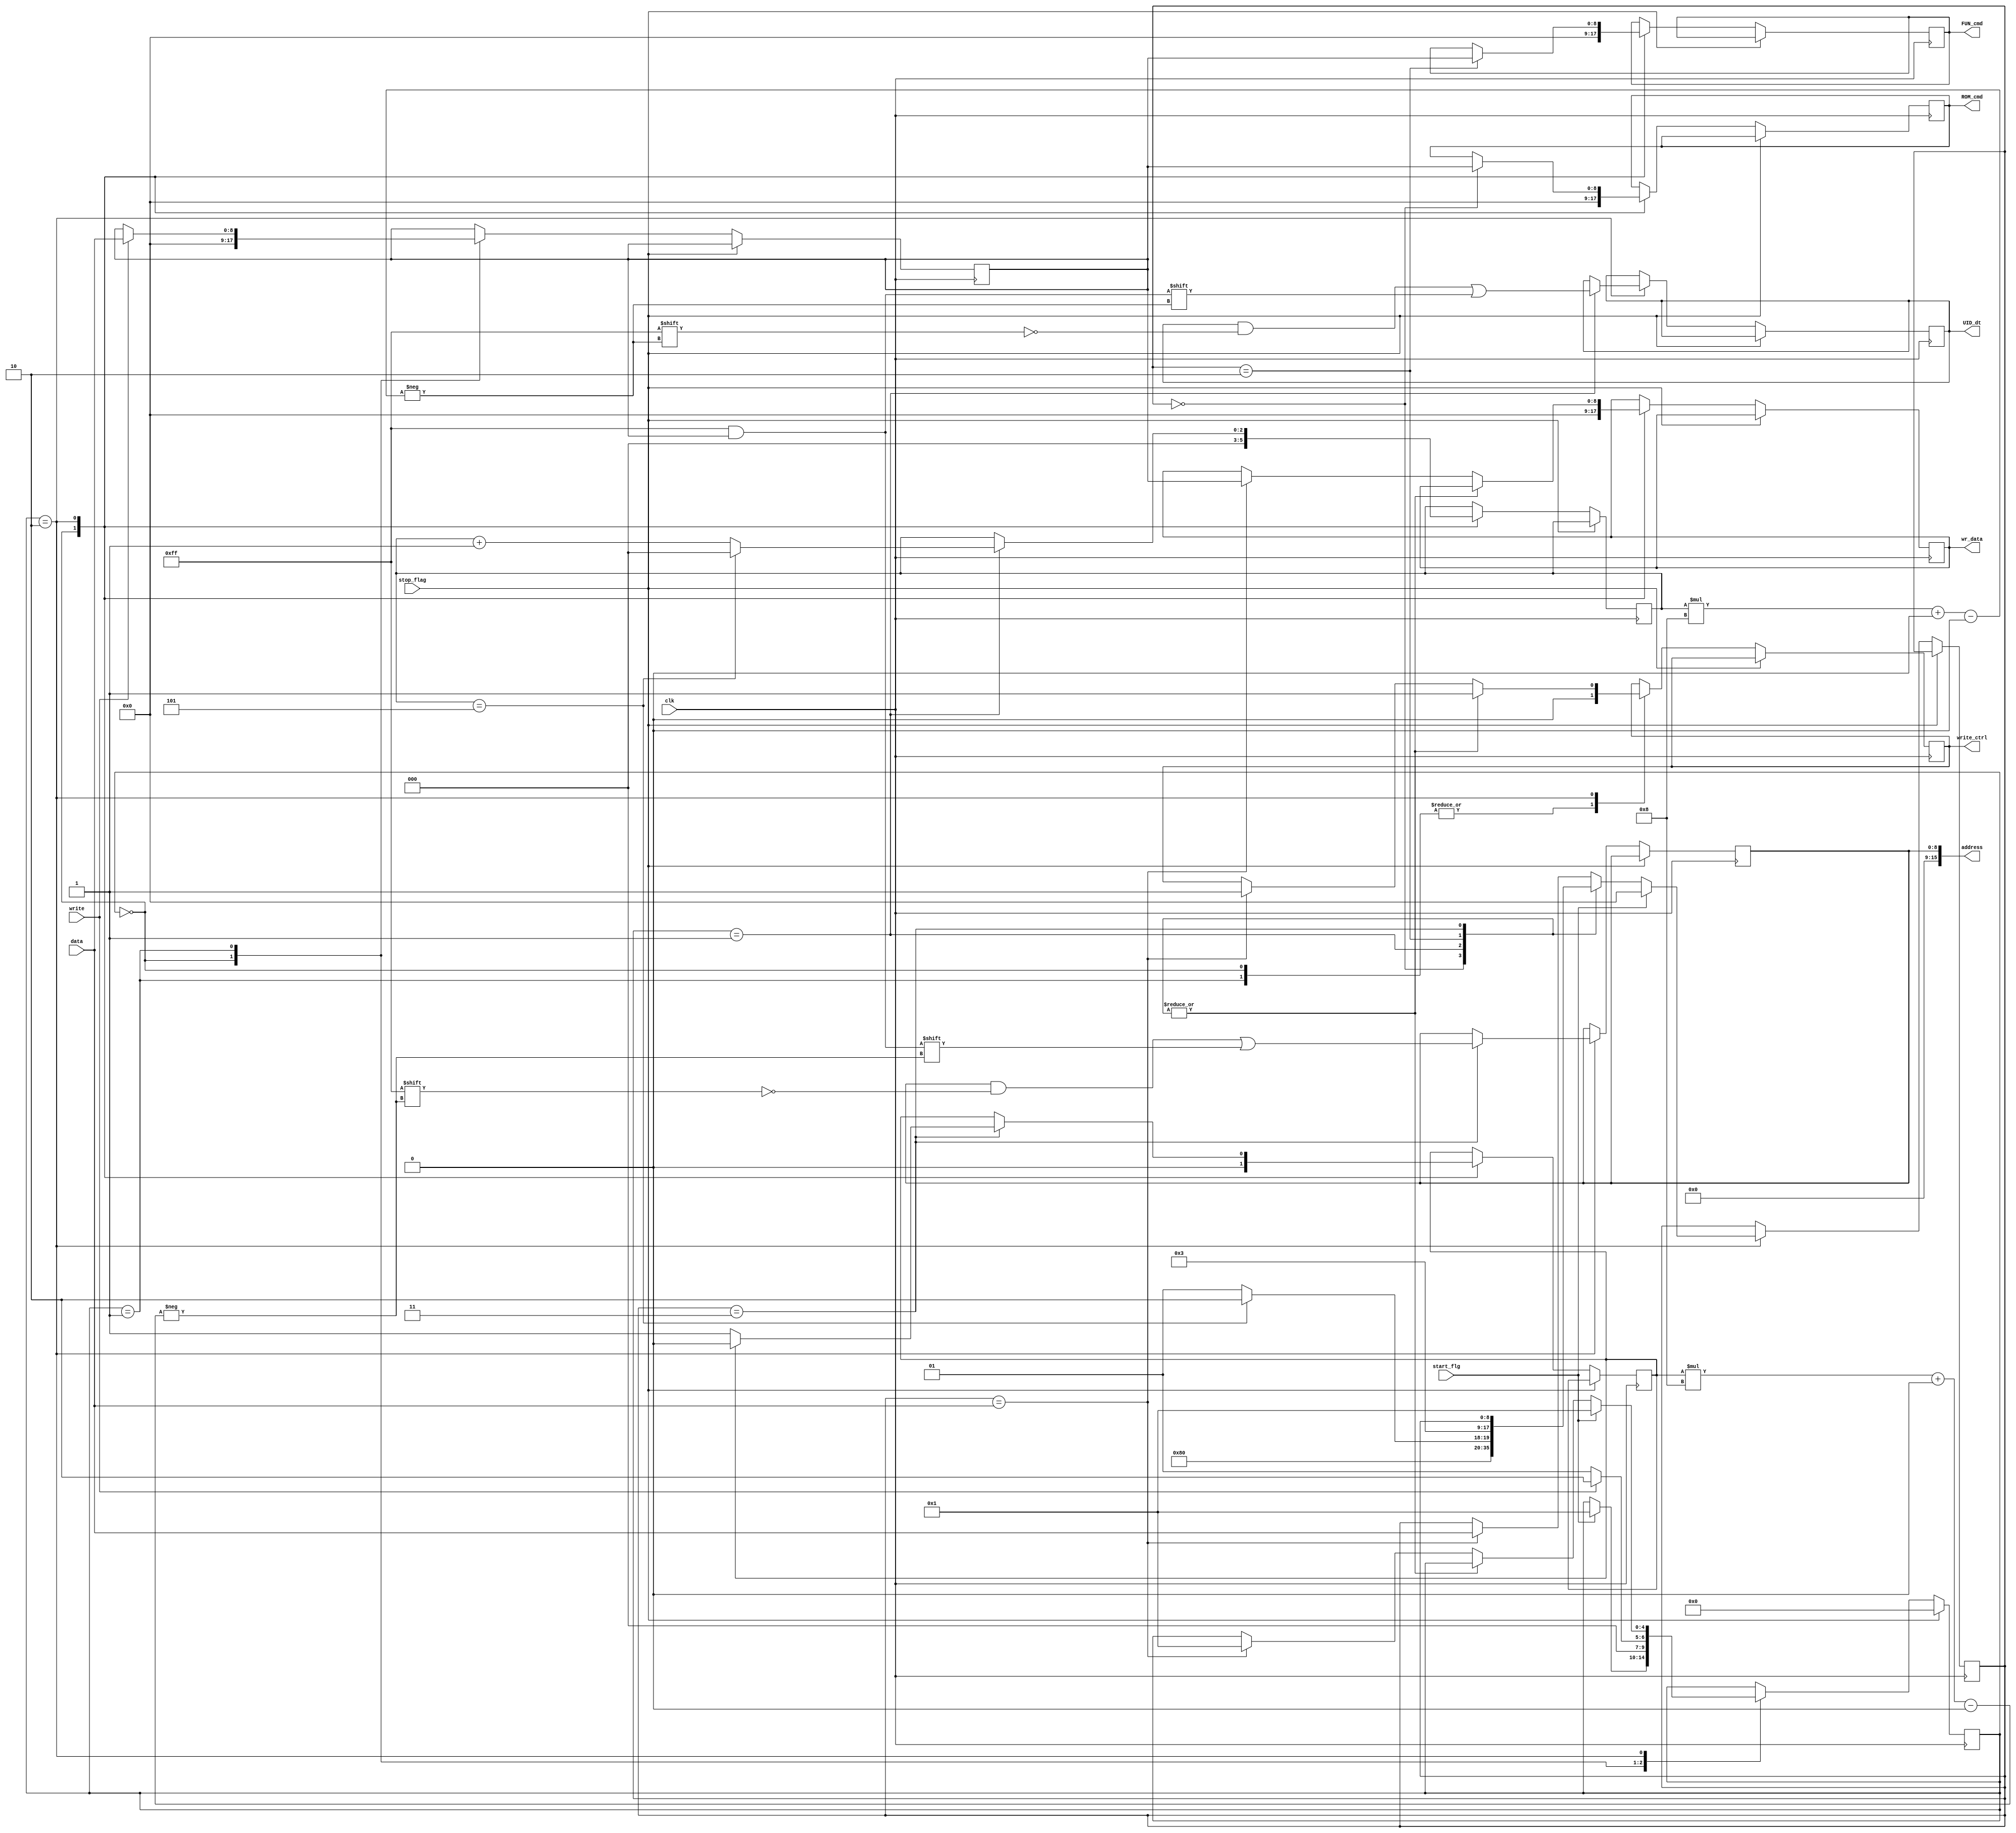
module ows_data_select (
		input clk,
		input [data_width:0]  data,
        input write,
        input start_flg,
        input stop_flag,

		output [data_width:0] ROM_cmd,
		output [data_width:0] FUN_cmd,
		output [63:0] UID_dt,
		output [15:0] address,
		output [data_width:0] wr_data,
 		output write_ctrl
);


parameter data_width = 8;

    reg r_write_ctrl =0;
    reg [data_width:0] r_data = 0;
    reg [2:0] byte = 0;
    reg add_flag = 0;
    
    reg [data_width:0] r_ROM_cmd = 0;
    reg [data_width:0]  r_FUN_cmd = 0;
    reg [63:0] r_UID     = 0;
    reg [data_width:0]  r_add     = 0;
    reg [data_width:0] r_wr_data  = 0;
    reg [data_width:0] data_send = 0;
    
    
    reg [3:0]  data_Send = rom;
    localparam rom =4'b0000;
    localparam uid =4'b0001;
    localparam fun  =4'b0010;
    localparam add =4'b0011;

    
    reg [4:0] state = idle;
    localparam idle =5'h0;
    localparam wait_write = 5'h1;
    localparam data_fetch = 5'h2;

always @ (posedge clk) begin
    if (stop_flag) begin
        state <= idle;
    end else begin
        case (state)
            idle : begin
                r_write_ctrl =0;
                r_data = 0;
                byte = 0;
                add_flag = 0;
                r_ROM_cmd = 0;
                r_FUN_cmd = 0;
                r_UID     = 0;
                r_add     = 0;
                r_wr_data  = 0;
                data_Send = rom;
                
                if (start_flg ==1'b1) begin 
                    state <= wait_write;
                end 
            end
    
            wait_write : begin
                r_write_ctrl <=1'b0;
                if (write) begin
                    r_data <= data;
                    state <= data_fetch;
                end else begin
                    state <= wait_write;
                end
            end
            
            data_fetch : begin
                case (data_send)
                    rom : begin
                        r_ROM_cmd <= r_data;
                        r_write_ctrl <=1'b1;
                        data_send <= uid;
                    end
                    
                    uid : begin
                        r_UID [byte *data_width +: data_width] <= r_data;
                        if (byte == 5) begin
                            data_send <= fun;
                            byte <=0;		
                            r_write_ctrl <=1'b1;
                        end else begin 
                            byte <= byte +1;
                            data_send <=uid;	
                            r_write_ctrl <=1'b1;
                        end 
                    end
                    fun : begin
                        r_write_ctrl <=1'b1;
                        r_FUN_cmd <= r_data;
                        data_send <= add;	
                    end
                    add : begin
                        r_write_ctrl <=1'b1;
                        r_add[add_flag * data_width  +: data_width] <= r_data;
                        add_flag <=1'b1;
                        
                        if(add_flag ==1) begin
                            add_flag <=1'b0;
                            data_Send <= data;
                        end
                    end
                    data : 	begin 
                        r_write_ctrl <=1'b1;
                        r_wr_data <= r_data;
                        data_send <= data;
                        state <=wait_write;
                    end
                endcase
                if (start_flg) begin
                    state <= wait_write;
                    data_send <= rom;
                end
            end
        endcase	
    end
    end

	assign  ROM_cmd = r_ROM_cmd;
	assign  FUN_cmd = r_FUN_cmd;
	assign  UID_dt = r_UID;
	assign  address = r_add;
	assign  wr_data = r_wr_data;
    assign   write_ctrl = r_write_ctrl;
    
endmodule